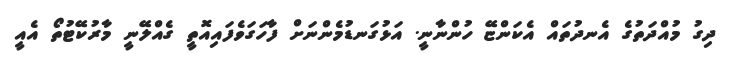
ދިގު މުއްދަތުގެ އެނދުތައް އެކަންޏޭ ހުންނާނީ. އަޅުގަނޑުމެންނަށް ފާހަގަވެފައިއޮތީ ގެއްލޭނީ މާރުކޭޓުތޯ އެއީ